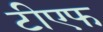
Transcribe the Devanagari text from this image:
टीएफ